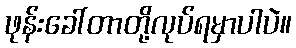
ဖုန်းခေါ်တာတို့လုပ်ရမှာပါပဲ။